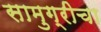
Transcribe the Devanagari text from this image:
सामुग्रीचा